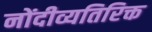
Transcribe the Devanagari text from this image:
नोंदीव्यतिरिक्त